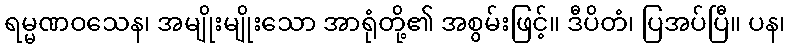
ရမ္မဏဝသေန၊ အမျိုးမျိုးသော အာရုံတို့၏ အစွမ်းဖြင့်။ ဒီပိတံ၊ ပြအပ်ပြီ။ ပန၊